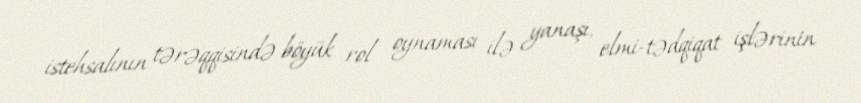
istehsalının tərəqqisində böyük rol oynaması ilə yanaşı, elmi-tədqiqat işlərinin